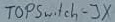
Text: Topswitch-JV